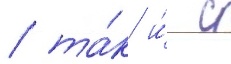
/ та́к и́ с